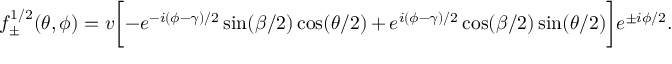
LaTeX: f _ { \pm } ^ { 1 / 2 } ( \theta , \phi ) = v \biggl [ - e ^ { - i ( \phi - \gamma ) / 2 } \sin ( \beta / 2 ) \cos ( \theta / 2 ) + e ^ { i ( \phi - \gamma ) / 2 } \cos ( \beta / 2 ) \sin ( \theta / 2 ) \biggr ] e ^ { \pm i \phi / 2 } .